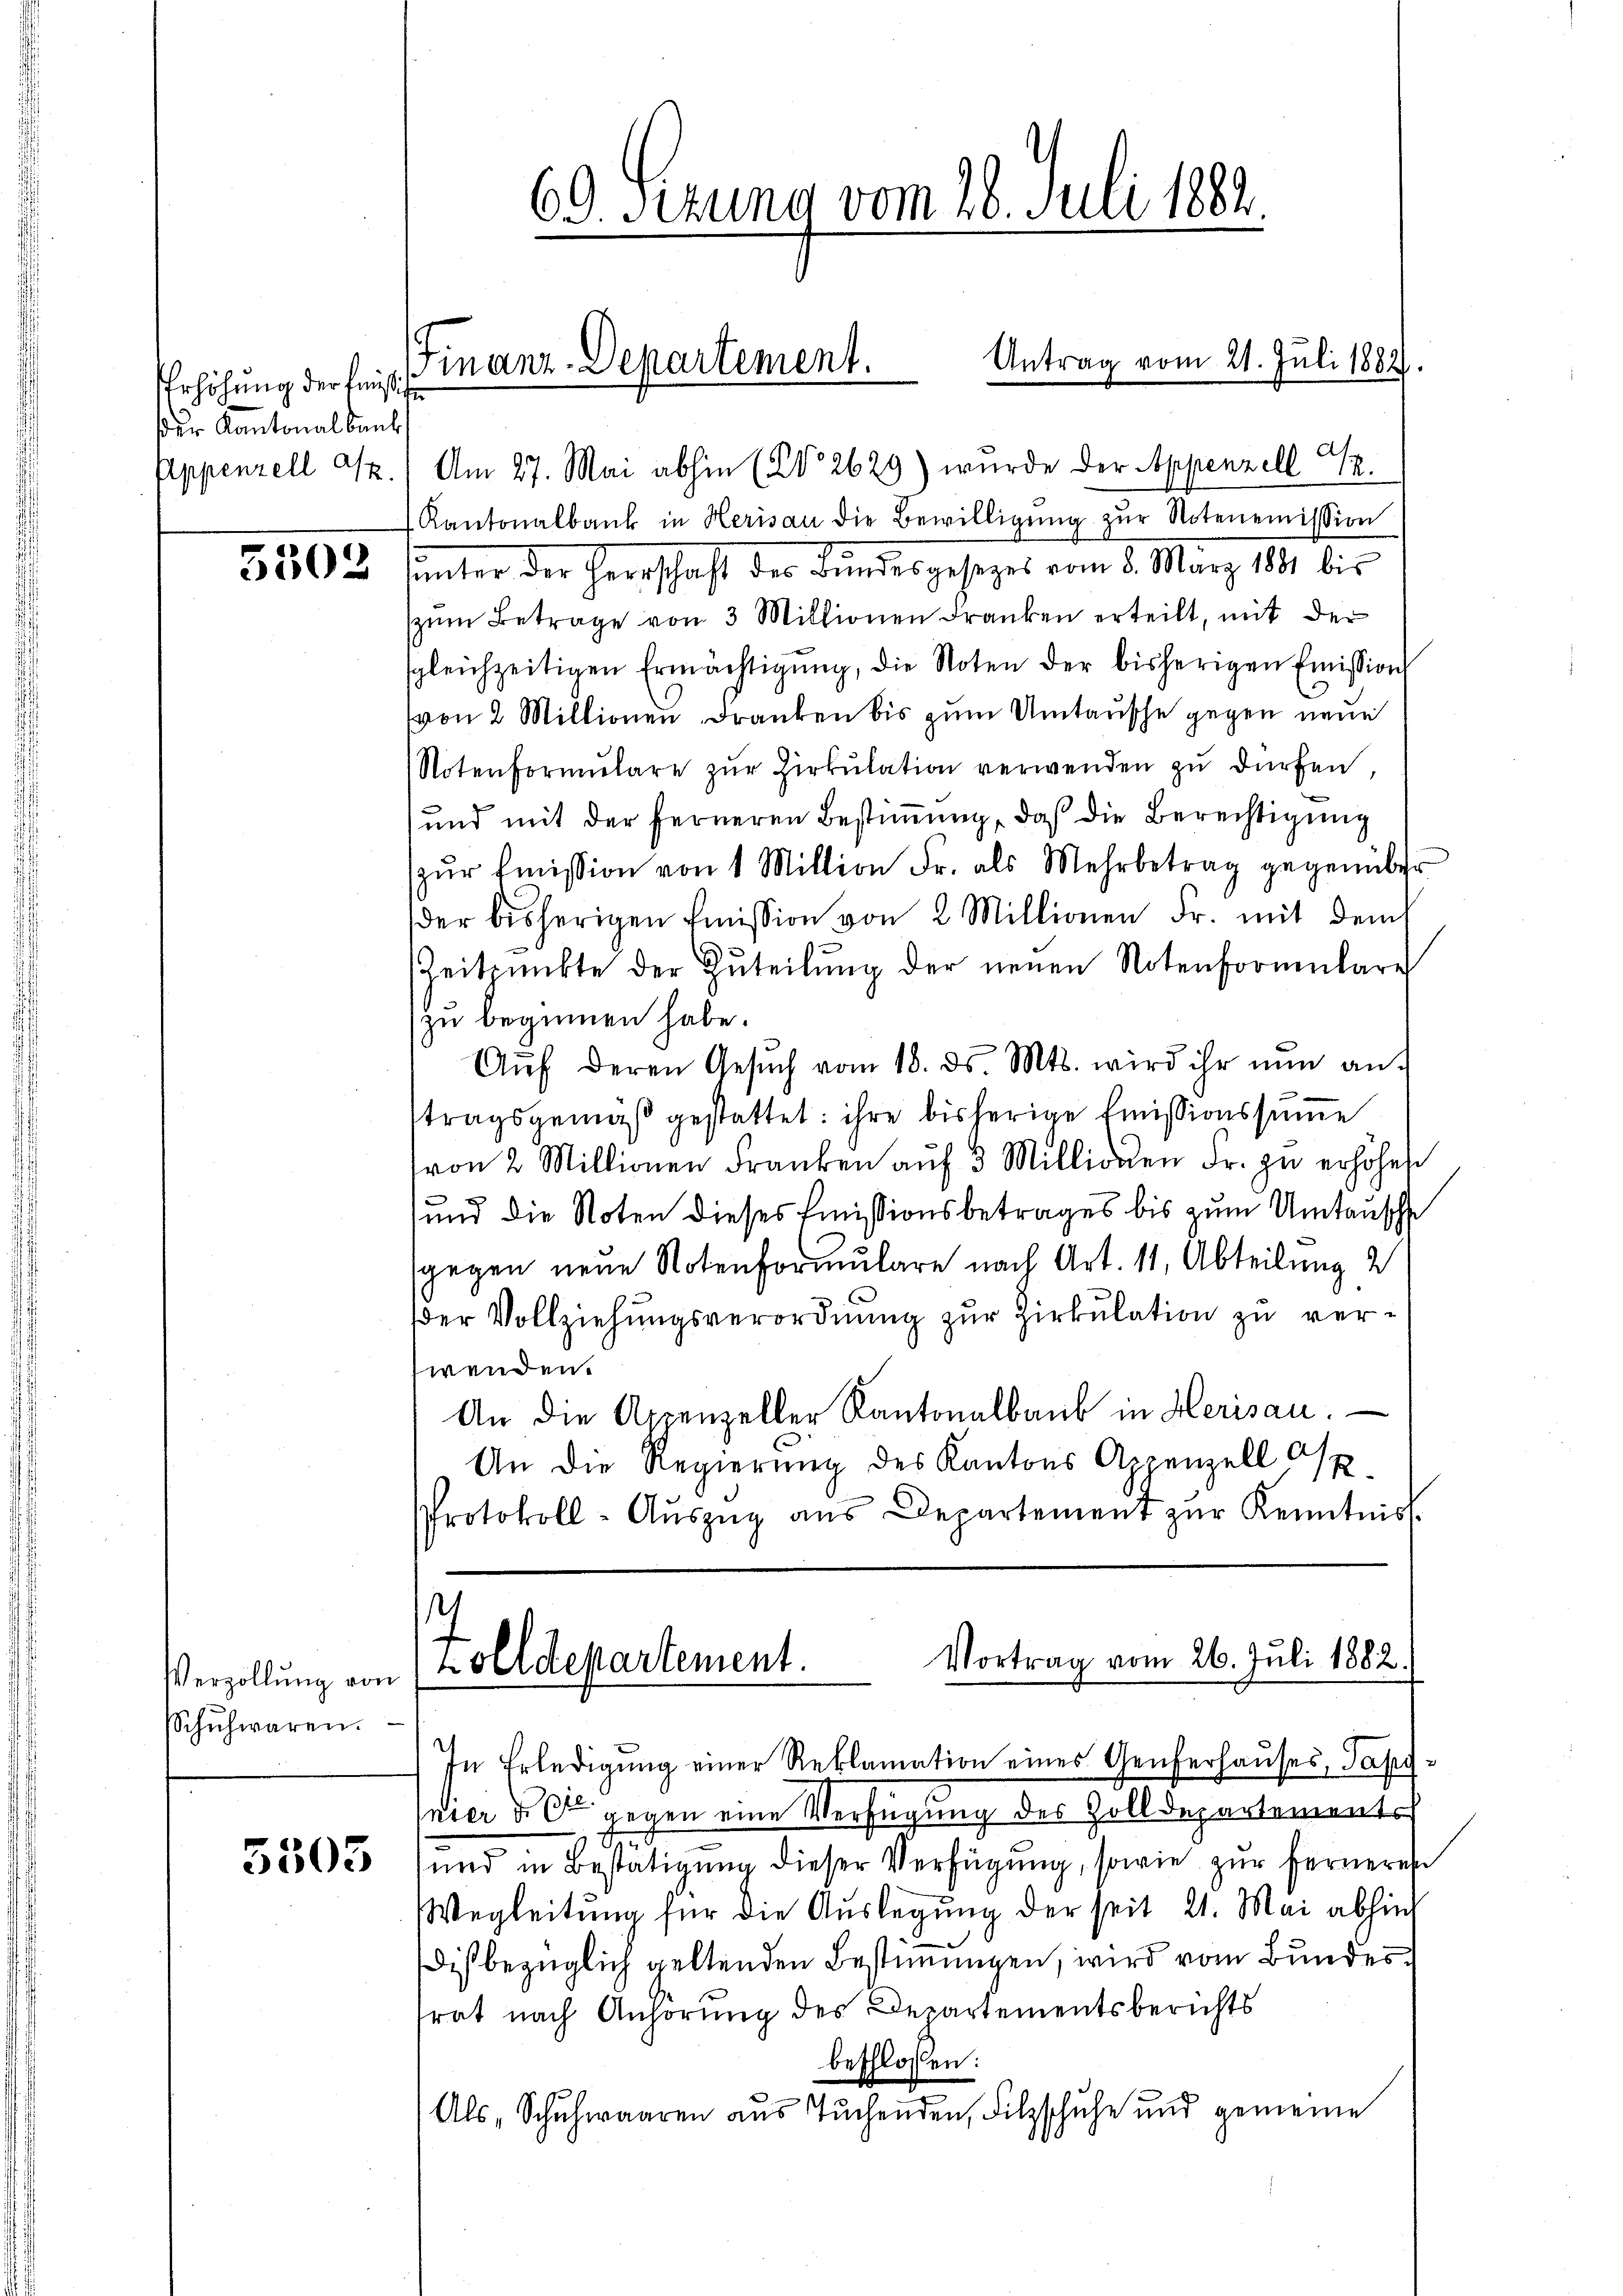
rhöhung der Finsti
er Kantonalbank
Appenzell z.

5302

Verzöllung von
Schuhwaren.

5503

69. Sizung vom 28. Juli 1882

Antrag vom 21. Juli 1882.
Finanz-Departement.

Am 27. Mai abhin (Bd. 2629) wurde der Appenzell I.
Kantonalbank in Herisau die Bewilligŭng zŭr Notenemission
hunter der Herrschaft der Bundesgesezes vom 8. März 1891 bis
zum Betrage von 3 Millionen Franken erteilt, mit der
sgleichzeitigen Ermächtigŭng, die Noten der bisherigen Emission
von 2 Millionen Franken bis zum Umtausche gegen neue
Notenformulare zŭr Zirkŭlation verwenden zu dürfen,
und mit der ferneren Bestimmung, daß die Berechtigung
zŭr Emission von 1 Million Fr. als Mehrbetrag gegenüber
der bisherigen Emission von 2 Millionen Fr. mit dem
Zeitpunkte der Zŭteilŭng der neuen Notenformŭlare
zu beginnen habe.
Aŭf deren Gesŭch vom 18. ds. Mts. wird ihr nŭn an-
tragsgemäß gestattet: ihre bisherige Emissionssumme
von 2 Millionen Franken aŭf 3 Milliden Fr. zŭ erhöhen
sund die Noten dieses Emissionsbetrages bis zum Umtansche
gegen neue Notenformulare nach Art. 11, Abteilung
der Vollziehungsverordnung zur Zirkulation zu verwenden.
An die Appenzeller Kantonalbaub in Herisau.
An die Regierung des Kantons Appenzell Osp
Protokoll-Aŭszŭg aŭs Departement zŭr Kenntniss

h
Vortrag vom 26. Juli 1882.
zolldepartement.

In Erledigŭng einer Reklamation eines Genferhauses, Tapf-
nier u. Ce gegen eine Verfügung des Zolldepartements
und in Bestätigung dieser Verfügung, sowie zur Ferneres
Wegleitung für die Auslegung der seit 21. Mai abhing
dis bezüglich geltenden Bestimmungen, wird vom Bundesfrat nach Anhörung des Departementsberichts
beschlossen:
Als, Schuhwaaren aus Tuchenden, Filzschuhe und gemeine